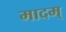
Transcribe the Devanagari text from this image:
मादम्